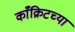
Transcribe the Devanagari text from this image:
काँक्रिटच्या